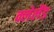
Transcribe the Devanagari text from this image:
क्लेलैंड